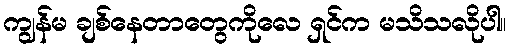
ကျွန်မ ချစ်နေတာတွေကိုလေ ရှင်က မသိသလိုပါ။